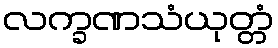
လက္ခဏသံယုတ္တံ